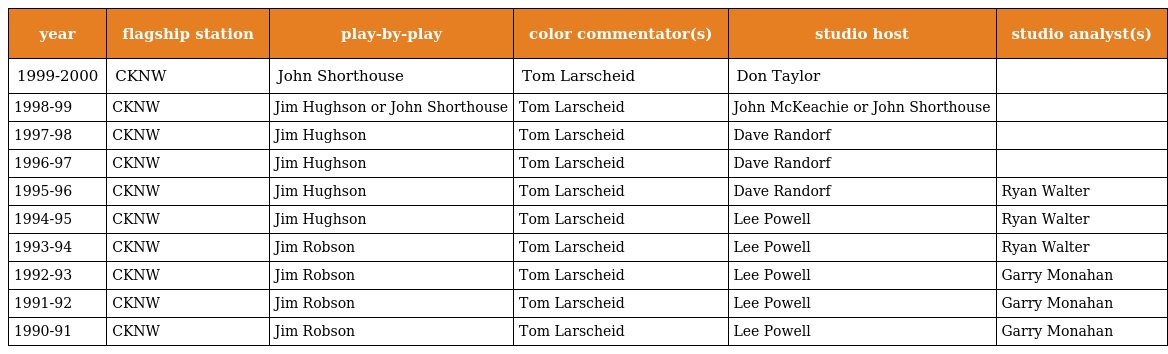
| year | flagship station | play-by-play | color commentator(s) | studio host | studio analyst(s) |
 | --- | --- | --- | --- | --- | --- |
 | 1999-2000 | CKNW | John Shorthouse | Tom Larscheid | Don Taylor |  |
 | 1998-99 | CKNW | Jim Hughson or John Shorthouse | Tom Larscheid | John McKeachie or John Shorthouse |  |
 | 1997-98 | CKNW | Jim Hughson | Tom Larscheid | Dave Randorf |  |
 | 1996-97 | CKNW | Jim Hughson | Tom Larscheid | Dave Randorf |  |
 | 1995-96 | CKNW | Jim Hughson | Tom Larscheid | Dave Randorf | Ryan Walter |
 | 1994-95 | CKNW | Jim Hughson | Tom Larscheid | Lee Powell | Ryan Walter |
 | 1993-94 | CKNW | Jim Robson | Tom Larscheid | Lee Powell | Ryan Walter |
 | 1992-93 | CKNW | Jim Robson | Tom Larscheid | Lee Powell | Garry Monahan |
 | 1991-92 | CKNW | Jim Robson | Tom Larscheid | Lee Powell | Garry Monahan |
 | 1990-91 | CKNW | Jim Robson | Tom Larscheid | Lee Powell | Garry Monahan |